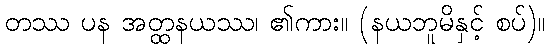
တဿ ပန အတ္ထနယဿ၊ ၏ကား။ (နယဘူမိနှင့် စပ်)။